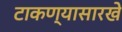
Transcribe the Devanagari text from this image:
टाकण्यासारखे